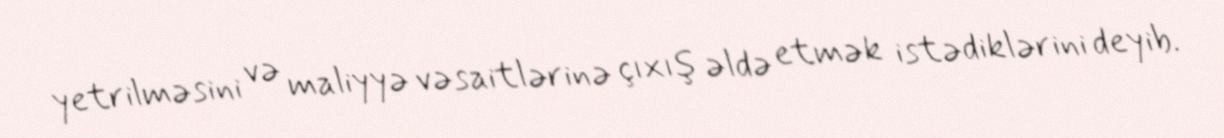
yetrilməsini və maliyyə vəsaitlərinə çıxış əldə etmək istədiklərini deyib.